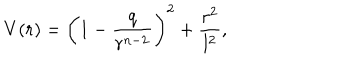
V ( r ) = \left( 1 - { \frac { q } { r ^ { n - 2 } } } \right) ^ { 2 } + { \frac { r ^ { 2 } } { l ^ { 2 } } } ,